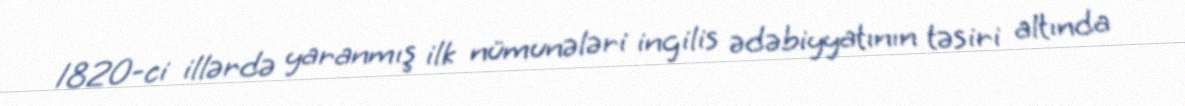
1820-ci illərdə yaranmış ilk nümunələri ingilis ədəbiyyatının təsiri altında